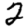
Digit: 2